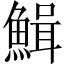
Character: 𩹫